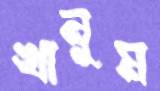
খানুম